Vaccination in Bombay 1869-1873 - 1869-1873
Year: 1869
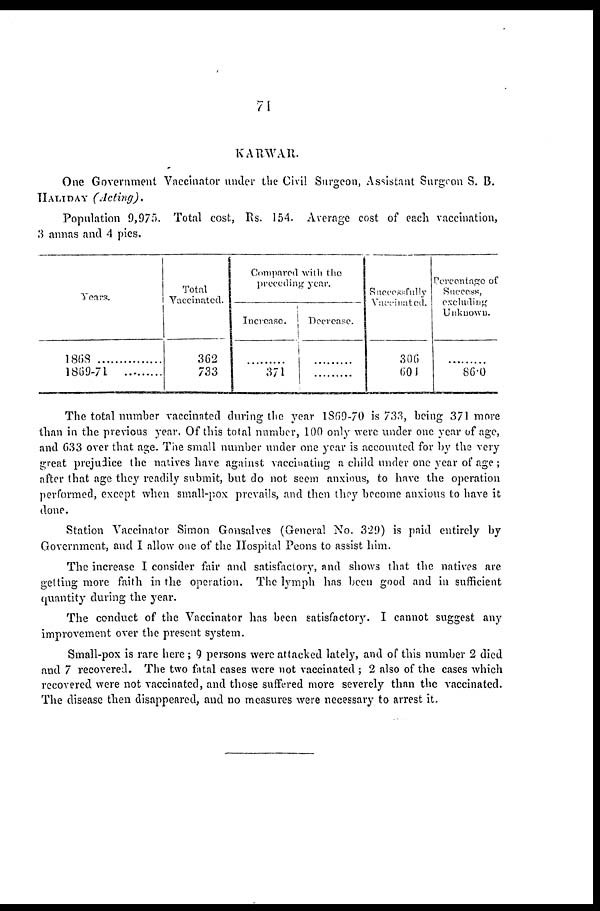
71
KARWAR.
One Government Vaccinator under the Civil Surgeon, Assistant Surgeon S. B.
HALI DAY (Acting).
Population 9,975. Total cost, Rs. 154. Average cost of each vaccination,
3 annas and 4 pies.
Years.
1868.....................
1869-71 .........
Total
Vaccinated.
362
733
Compared with the
preceding year.
Increase.
.........
371
Decrease.
.........
.........
Successfully
Vaccinated.
306
601
Percentage of
Success,
excluding
Unknown.
.........
86.0
The total number vaccinated during the year 1869-70 is 733, being 371 more
than in the previous year. Of this total number, 100 only were under one year of age,
and 633 over that age. The small number under one year is accounted for by the very
great prejudice the natives have against vaccinating a child under one year of age;
after that age they readily submit, but do not seem anxious, to have the operation
performed, except when small-pox prevails, and then they become anxious to have it
done.
Station Vaccinator Simon Gonsalves (General No. 329) is paid entirely by
Government, and I allow one of the Hospital Peons to assist him.
The increase I consider fair and satisfactory, and shows that the natives are
getting more faith in the operation. The lymph has been good and in sufficient
quantity during the year.
The conduct of the Vaccinator has been satisfactory. I cannot suggest any
improvement over the present system.
Small-pox is rare here ; 9 persons were attacked lately, and of this number 2 died
and 7 recovered. The two fatal cases were not vaccinated ; 2 also of the cases which
recovered were not vaccinated, and those suffered more severely than the vaccinated.
The disease then disappeared, and no measures were necessary to arrest it,